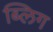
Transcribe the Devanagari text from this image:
ब्लिग